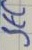
Text: SEC